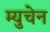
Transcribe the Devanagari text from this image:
म्युचेन